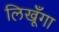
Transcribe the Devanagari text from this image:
लिखूँगा